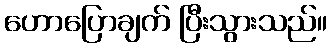
ဟောပြောချက် ပြီးသွားသည်။